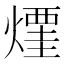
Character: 𰟜